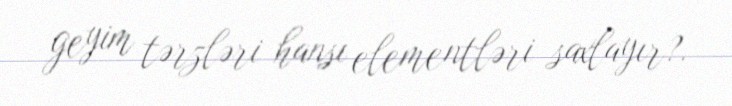
geyim tərzləri hansı elementləri saxlayır?.